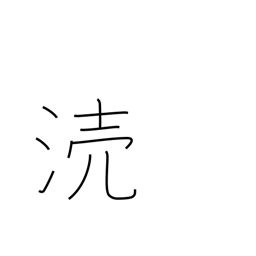
Meaning: defile